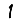
Digit: 1